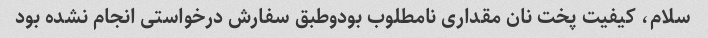
سلام، کیفیت پخت نان مقداری نامطلوب بودوطبق سفارش درخواستی انجام نشده بود